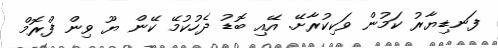
ފަނޑިޔާރު ކަމުން ވަކިކުރާށޭ. އޭއި ބޮޑު ދެހުކުމޭ ކޭން ޔޫ ވިން ފްރޮމް